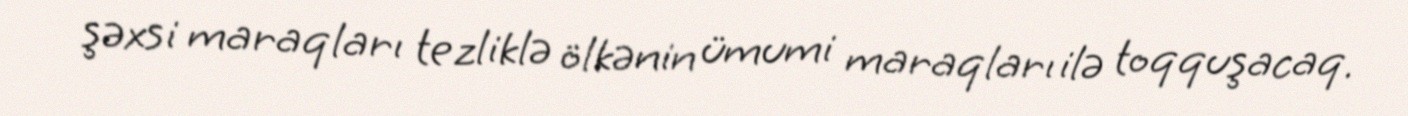
şəxsi maraqları tezliklə ölkənin ümumi maraqları ilə toqquşacaq.